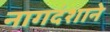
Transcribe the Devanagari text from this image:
नागदंशाने